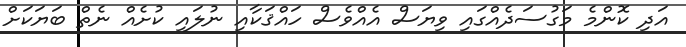
އަދި ކޮންމެ މަގުސަދެއްގައި ވިޔަސް އެއްވެސް ހައްްޤަކާއި ނުލައި ކުށެއް ނެތް ބަޔަކަށް